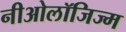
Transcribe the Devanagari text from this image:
नीओलॉजिज्म